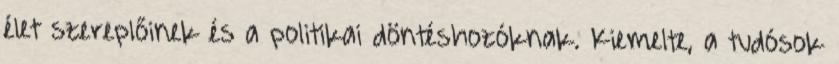
élet szereplőinek és a politikai döntéshozóknak. Kiemelte, a tudósok